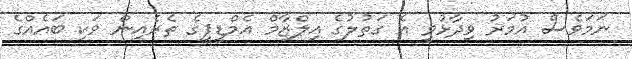
ނަމަވެސް އުމަރު ވިދާޅުވީ އެ ގަތުލުގެ އިލްޒާމް އެމްޑީޕީގެ ތެރެއިން ވަކި ބައެއްގެ